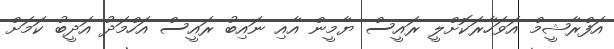
އަފްރާޝީމް އަވަހާރަކޮށްލީ ރައީސް ޔާމީން އާއި ނައިބު ރައީސް އަހްމަދު އަދީބު ކަމަށް